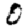
Digit: 0